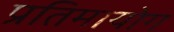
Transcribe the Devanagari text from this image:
प्रतिमायोग